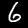
Digit: 6